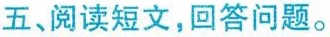
五、阅读短文,回答问题。